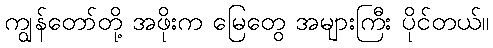
ကျွန်တော်တို့ အဖိုးက မြေတွေ အများကြီး ပိုင်တယ်။